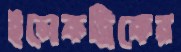
ইলেকট্রিকের